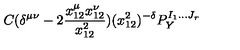
C ( \delta ^ { \mu \nu } - 2 \frac { x _ { 1 2 } ^ { \mu } x _ { 1 2 } ^ { \nu } } { x _ { 1 2 } ^ { 2 } } ) ( x _ { 1 2 } ^ { 2 } ) ^ { - \delta } P _ { Y } ^ { I _ { 1 } . . . J _ { r } }